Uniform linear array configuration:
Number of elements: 64
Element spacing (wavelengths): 1
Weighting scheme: uniform
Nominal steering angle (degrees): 15
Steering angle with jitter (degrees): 15.216
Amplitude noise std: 0.05
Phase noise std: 0.05

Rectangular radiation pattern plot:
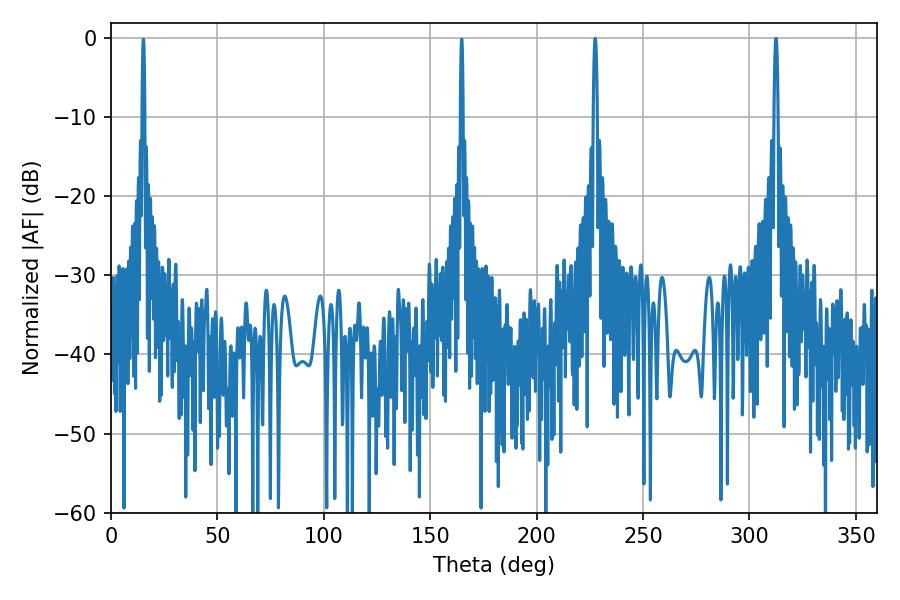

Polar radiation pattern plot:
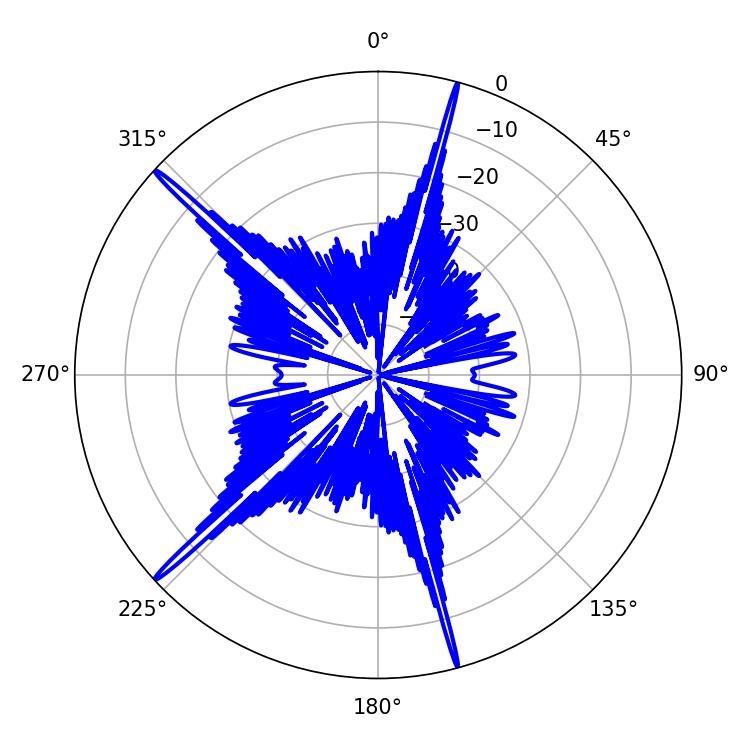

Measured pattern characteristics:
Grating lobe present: TRUE
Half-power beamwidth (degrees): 1.08
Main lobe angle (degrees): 227.52